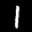
Label: 1